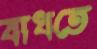
বাধতে